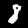
Digit: 8